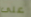
على